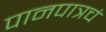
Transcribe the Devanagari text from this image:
पानपात्रचं